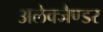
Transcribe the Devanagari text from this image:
अलेक्जैण्डर